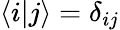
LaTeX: \langle i|j\rangle=\delta_{ij}